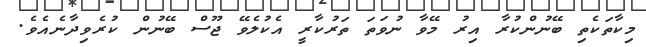
މިކާތަކެތި ބޭނުންކުރާ އިރު މޭވާ ނުވަތަ ތަރުކާރީ އެކުލެވޭ ޖޫސް ބޭނުން ކުރެވިދާނެއެވެ.